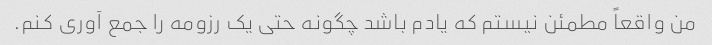
من واقعاً مطمئن نیستم که یادم باشد چگونه حتی یک رزومه را جمع آوری کنم.